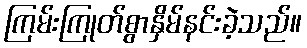
ကြမ်းကြုတ်စွာနှိမ်နင်းခဲ့သည်။